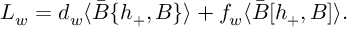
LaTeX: { \cal L } _ { w } = d _ { w } \langle \bar { B } \{ h _ { + } , B \} \rangle + f _ { w } \langle \bar { B } [ h _ { + } , B ] \rangle .